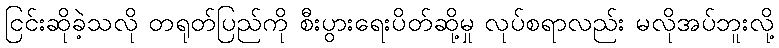
ငြင်းဆိုခဲ့သလို တရုတ်ပြည်ကို စီးပွားရေးပိတ်ဆို့မှု လုပ်စရာလည်း မလိုအပ်ဘူးလို့